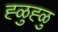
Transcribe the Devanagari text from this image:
ह्ळुह्ळु